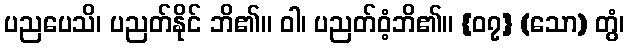
ပညပေသိ၊ ပညတ်နိုင် ဘိ၏။ ဝါ၊ ပညတ်ဝံ့ဘိ၏။ {၀၇} (သော) တွံ၊